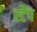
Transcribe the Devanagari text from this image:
स्टैप